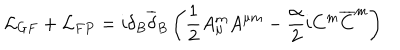
LaTeX: { \mathcal L } _ { G F } + { \mathcal L } _ { F P } = i \delta _ { B } { \overline { { { \delta } } } } _ { B } \left( \frac { 1 } { 2 } A _ { \mu } ^ { m } A ^ { \mu m } - \frac { \alpha } { 2 } i C ^ { m } { \overline { { { C } } } } ^ { m } \right)